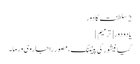
2 سلطنت کا دور
یادو دور[ترمیم]
گیانیشور کی پینٹنگ، مصور راجا روی ورما۔